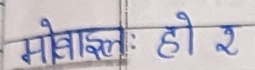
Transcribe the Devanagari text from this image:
मोवाइल: हो २